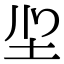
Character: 𭍻